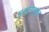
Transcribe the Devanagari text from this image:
प्रसारणात